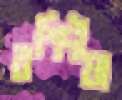
রশিদীয়া